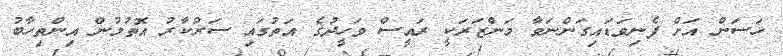
ހަސަން އަށް ފެނިވަޑައިގަންނަވާ މަންޒަރަކީ ރައީސް ވަހީދުގެ އަތުގައި ސަރުކާރު އޮތުމުން އިންތިހާބު